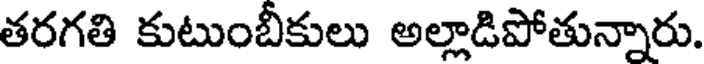
తరగతి కుటుంబీకులు అల్లాడిపోతున్నారు.